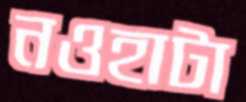
নওহাটা